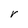
Character: V